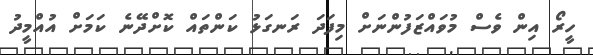
ހީރޯ އިން ވެސް މުވައްޒަފުންނަށް މިފަދަ ރަނގަޅު ކަންތައް ކޮށްދޭނެ ކަމަށް އުއްމީދު